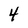
Character: 4